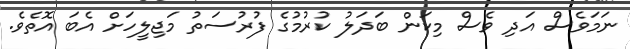
ނަމަވެސް އަދި ވެސް މިކަން ބަދަލު ކުރުމުގެ ފުރުސަތު މަޖިލީހަށް އެބަ އޮތެވެ.